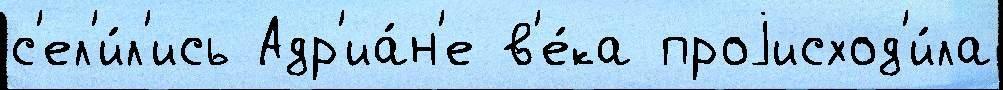
с'ел'и́л'ись Адр'иа́н'е в'е́ка проjисход'и́ла